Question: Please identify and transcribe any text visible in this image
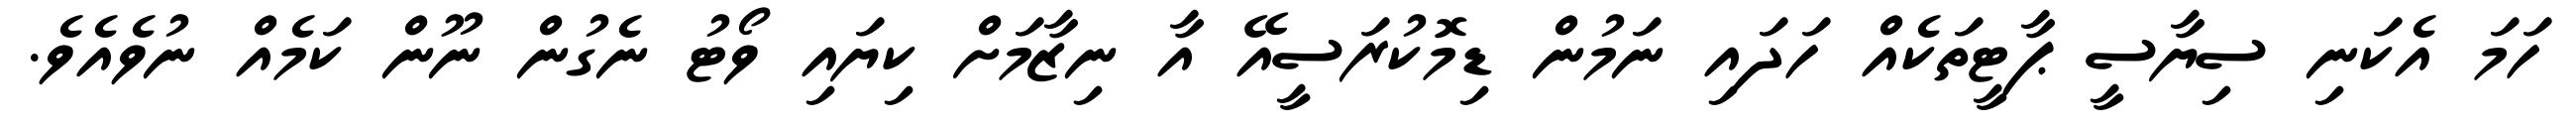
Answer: ހަމަ އެކަނި ސިޔާސީ ޕާޓީތަކެއް ހަދައި ނަމުން ޑިމޮކުރަސީއޭ އާ ނިޒާމަށް ކިޔައި ވޯޓު ނެގުން ނޫން ކަމެއް ނުވެއެވެ.